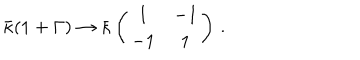
\bar { \kappa } ( 1 + \Gamma ) \to \bar { \kappa } \left( \begin{array} { c c } { { 1 } } & { { - 1 } } \\ { { - 1 } } & { { 1 } } \\ \end{array} \right) \, .